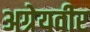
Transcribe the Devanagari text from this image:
अग्रेयवीर